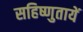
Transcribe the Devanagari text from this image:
सहिष्णुतायें